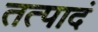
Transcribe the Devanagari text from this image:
तत्पादं